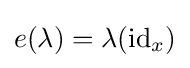
e(\lambda )=\lambda (\operatorname {id} _{x})